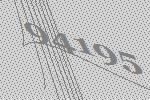
94195